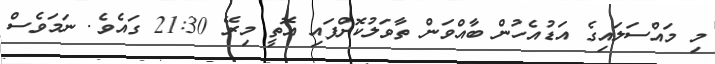
މި މައްސަލައިގެ އަޑުއެހުން ބާއްވަން ތާވަލުކޮށްފައި އޮތީ މިރޭ 21:30 ގައެވެ. ނަމަވެސް